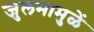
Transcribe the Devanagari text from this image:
जुलमामुळें